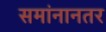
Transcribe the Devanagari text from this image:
समांनानतर